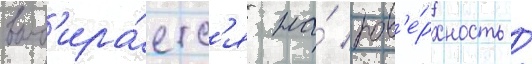
выб'ира́етс'я на́ пов'е́рхность /